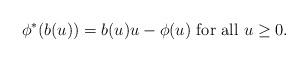
LaTeX: \begin{align*} \phi^*(b(u))=b(u)u-\phi(u)\mbox{ for all }u\geq 0.\end{align*}